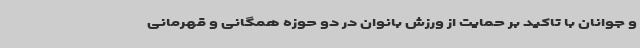
و جوانان با تاکید بر حمایت از ورزش بانوان در دو حوزه همگانی و قهرمانی